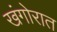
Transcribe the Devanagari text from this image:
खंगोरात